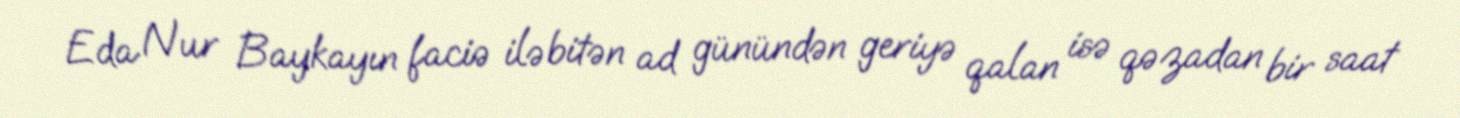
Eda Nur Baykayın faciə ilə bitən ad günündən geriyə qalan isə qəzadan bir saat